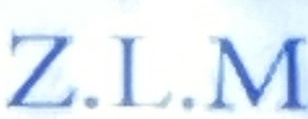
Z.L.M